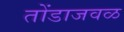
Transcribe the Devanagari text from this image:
तोंडाजवळ